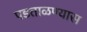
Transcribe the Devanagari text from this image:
पडताळण्यास